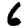
Digit: 6